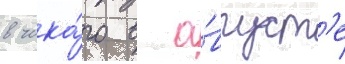
в чика́го в а́вгуст'е